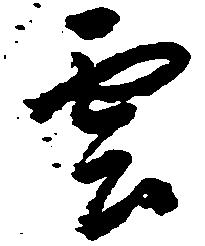
雲